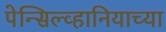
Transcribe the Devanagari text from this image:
पेन्सिल्व्हानियाच्या